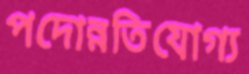
পদোন্নতিযোগ্য